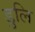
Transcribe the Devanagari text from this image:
डुलि